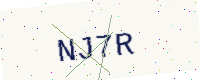
Text: NJ7R